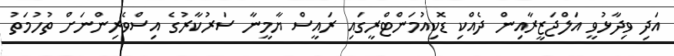
އަދި ވިދާޅުވީ އަލްޖަޒީރާއިން ދެއްކި ޑޮކިއުމަންޓްރީގައި ރައީސް ޔާމީނާ ސަރުކާރުގެ އިސްވެރިންނަށް ތުހުމަތު